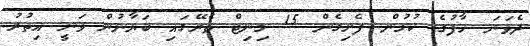
ދެވަނަ ހާފުގެ ކުޅުން ފެށިގެން 15 މިނިޓް ތެރޭގައި ބަޔާނުން ވަނީ އިތުރު